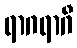
ရာဂရာဂီ